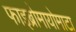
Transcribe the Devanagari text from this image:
फाइब्रोमायोमाटा